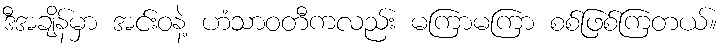
ဒီအချိန်မှာ အင်းဝနဲ့ ဟံသာဝတီကလည်း မကြာမကြာ စစ်ဖြစ်ကြတယ်။